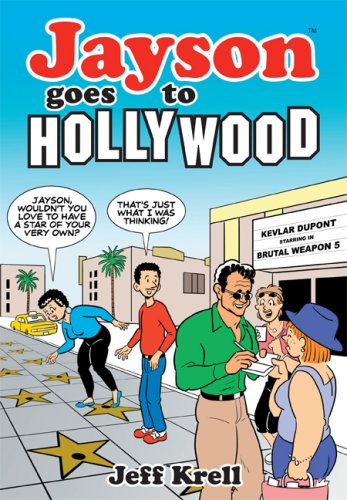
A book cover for Jayson Goes to Hollywood; Jeff Krell; Comics & Graphic Novels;